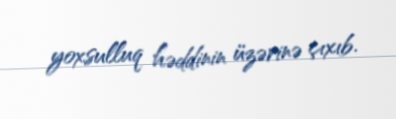
yoxsulluq həddinin üzərinə çıxıb.